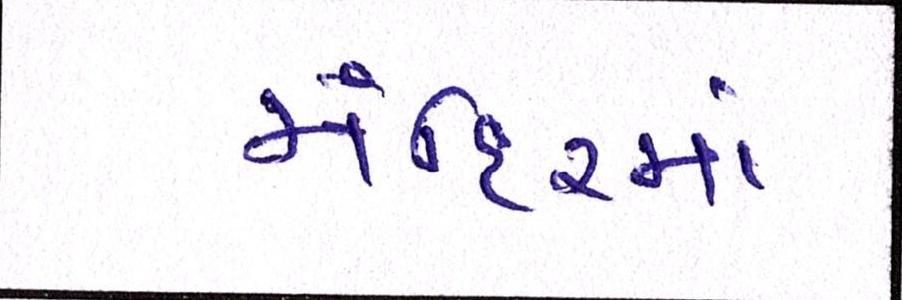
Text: મંદિરમાં